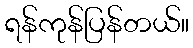
ရန်ကုန်ပြန်တယ်။